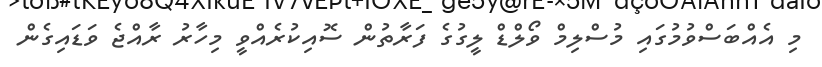
މި އެއްބަސްވުމުގައި މުސްލިމް ވޯލްޑް ލީގުގެ ފަރާތުން ސޮއިކުރެއްވީ މިހާރު ރާއްޖެ ވަޑައިގެން